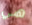
هي